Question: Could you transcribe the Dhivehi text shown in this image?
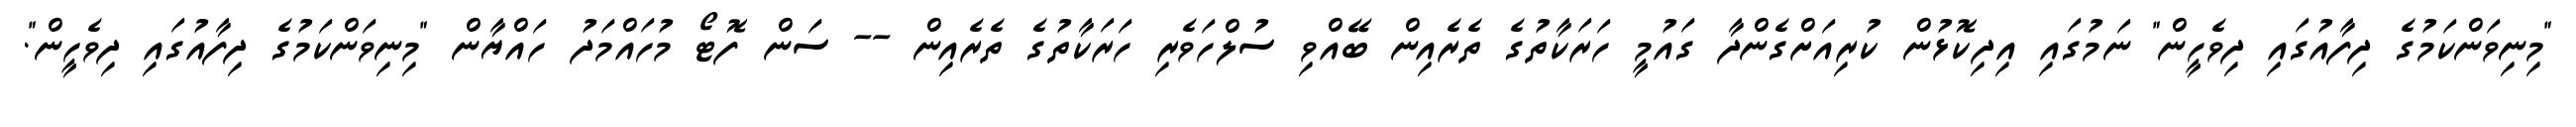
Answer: "މިނިވަންކަމުގެ ދިފާއުގައި ދިވެހީން" ނަމުގައި އިދިކޮޅުން ކުރިއަށްގެންދާ ގައުމީ ހަރަކާތުގެ ތެރެއިން ބޭއްވި ސުލްހަވެރި ހަރަކާތުގެ ތެރެއިން -- ސަން ފޮޓޯ މުހައްމަދު ހައްޔާން "މިނިވަންކަމުގެ ދިފާއުގައި ދިވެހީން".